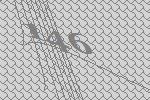
146